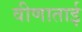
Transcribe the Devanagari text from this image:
वीणाताई